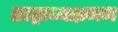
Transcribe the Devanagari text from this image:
साष्ट्राध्यक्षगण